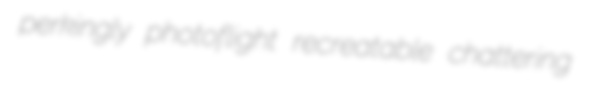
perkingly photoflight recreatable chattering